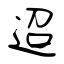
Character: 迢